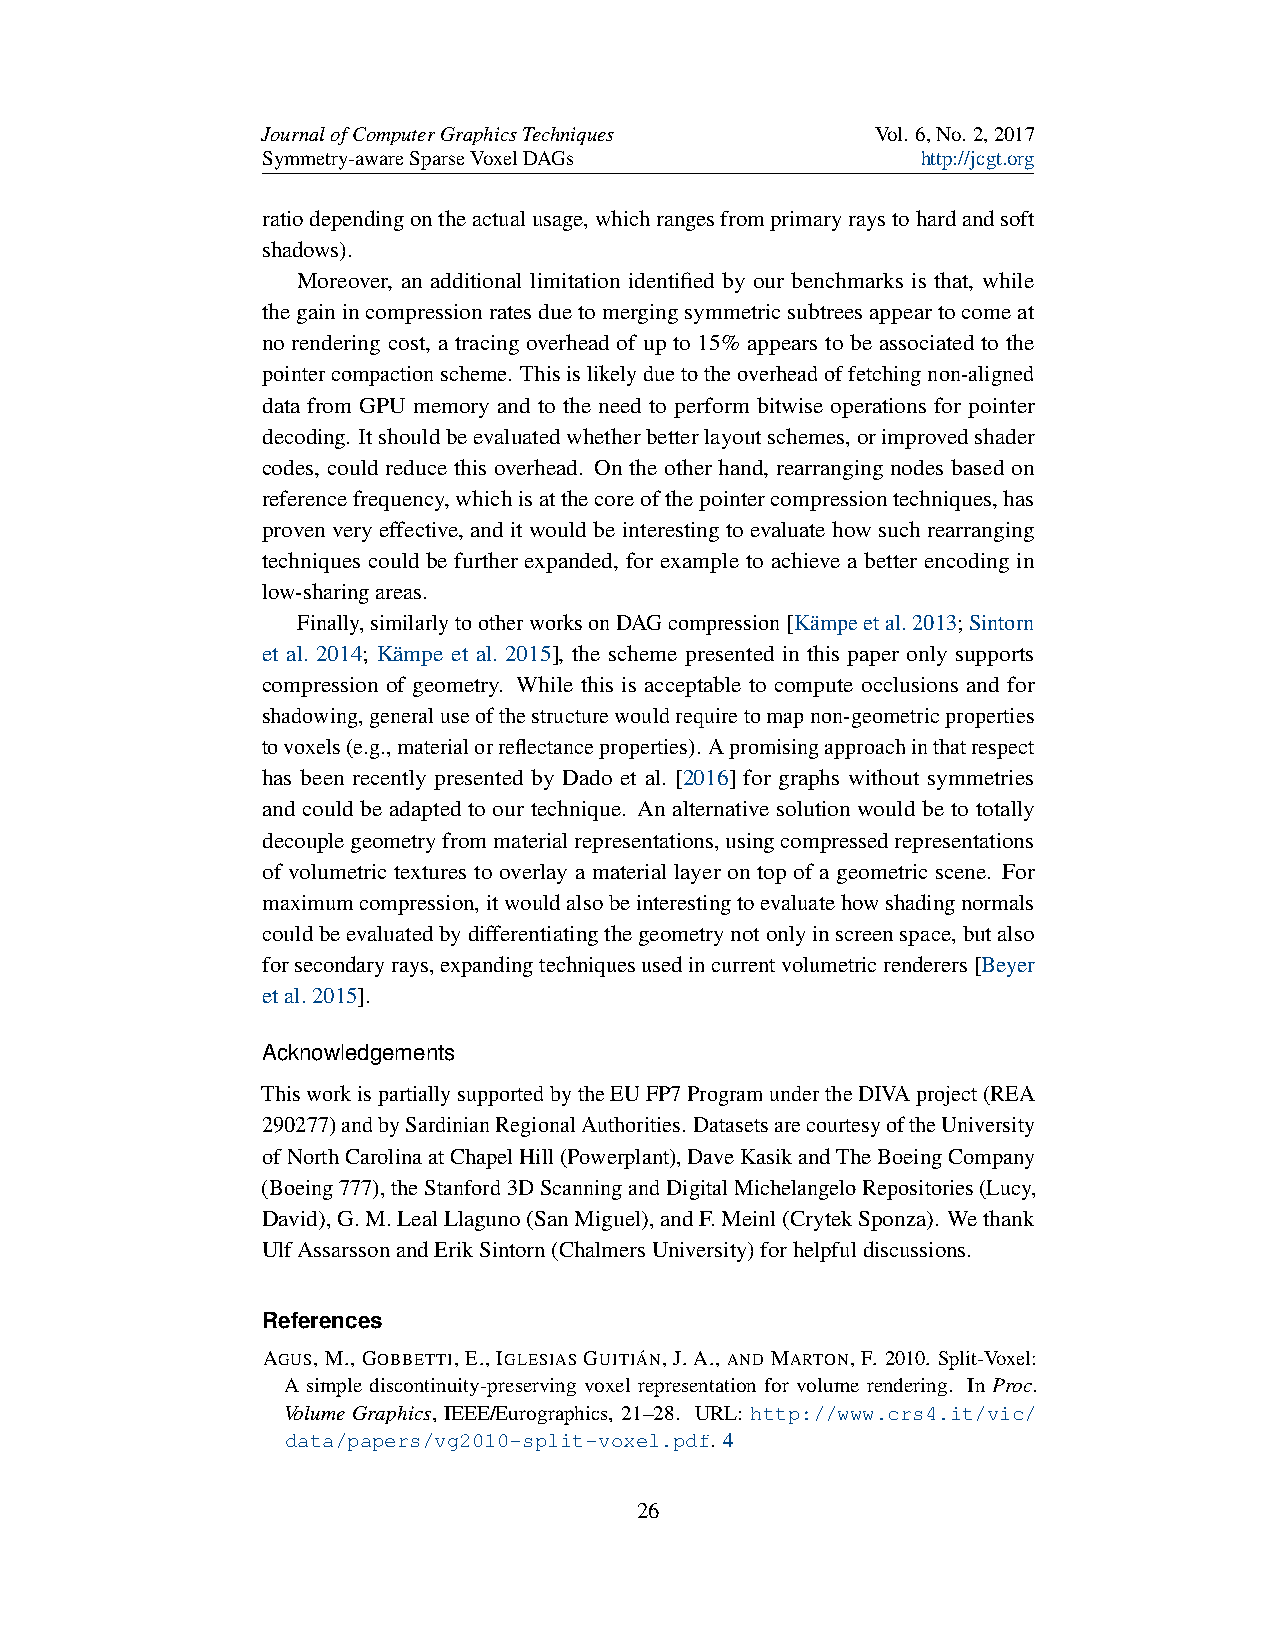
JournalofComputerGraphicsTechniques      Vol. 6,No. 2,2017
 Symmetry-awareSparseVoxelDAGs               http://jcgt.org
 ratiodependingontheactualusage,whichrangesfromprimaryraystohardandsoft
 shadows).
 Moreover, an additional limitation identified by our benchmarks is that, while
 thegainincompressionratesduetomergingsymmetricsubtreesappeartocomeat
 no rendering cost, a tracing overhead of up to 15% appears to be associated to the
 pointercompactionscheme. Thisislikelyduetotheoverheadoffetchingnon-aligned
 data from GPU memory and to the need to perform bitwise operations for pointer
 decoding. Itshouldbeevaluatedwhetherbetterlayoutschemes,orimprovedshader
 codes, could reduce this overhead. On the other hand, rearranging nodes based on
 referencefrequency,whichisatthecoreofthepointercompressiontechniques,has
 proven very effective, and it would be interesting to evaluate how such rearranging
 techniques could be further expanded, for example to achieve a better encoding in
 low-sharingareas.
 Finally,similarlytootherworksonDAGcompression[Kämpeetal.2013;Sintorn
 et al. 2014; Kämpe et al. 2015], the scheme presented in this paper only supports
 compression of geometry. While this is acceptable to compute occlusions and for
 shadowing,generaluseofthestructurewouldrequiretomapnon-geometricproperties
 tovoxels(e.g.,materialorreflectanceproperties). Apromisingapproachinthatrespect
 has been recently presented by Dado et al. [2016] for graphs without symmetries
 and could be adapted to our technique. An alternative solution would be to totally
 decouplegeometryfrommaterialrepresentations,usingcompressedrepresentations
 of volumetric textures to overlay a material layer on top of a geometric scene. For
 maximumcompression,itwouldalsobeinterestingtoevaluatehowshadingnormals
 couldbeevaluatedbydifferentiatingthegeometrynotonlyinscreenspace,butalso
 forsecondaryrays,expandingtechniquesusedincurrentvolumetricrenderers[Beyer
 etal.2015].
 Acknowledgements
 ThisworkispartiallysupportedbytheEUFP7ProgramundertheDIVAproject(REA
 290277)andbySardinianRegionalAuthorities. DatasetsarecourtesyoftheUniversity
 ofNorthCarolinaatChapelHill(Powerplant),DaveKasikandTheBoeingCompany
 (Boeing777),theStanford3DScanningandDigitalMichelangeloRepositories(Lucy,
 David),G.M.LealLlaguno(SanMiguel),andF.Meinl(CrytekSponza). Wethank
 UlfAssarssonandErikSintorn(ChalmersUniversity)forhelpfuldiscussions.
 References
 AGUS,M.,GOBBETTI,E.,IGLESIASGUITIÁN,J.A.,ANDMARTON,F. 2010. Split-Voxel:
 A simple discontinuity-preserving voxel representation for volume rendering. In Proc.
 Volume Graphics, IEEE/Eurographics, 21–28. URL: http://www.crs4.it/vic/
 data/papers/vg2010-split-voxel.pdf. 4
 26